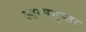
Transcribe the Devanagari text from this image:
आत्मगुप्ता